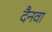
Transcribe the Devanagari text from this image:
दैनवा